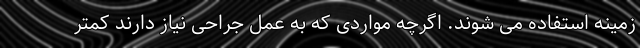
زمینه استفاده می شوند. اگرچه مواردی که به عمل جراحی نیاز دارند کمتر